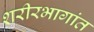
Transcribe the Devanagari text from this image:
शरीरभागांत